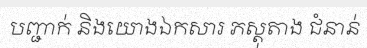
បញ្ជាក់ និងយោងឯកសារ ភស្តុតាង ជំនាន់